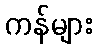
ကန်များ